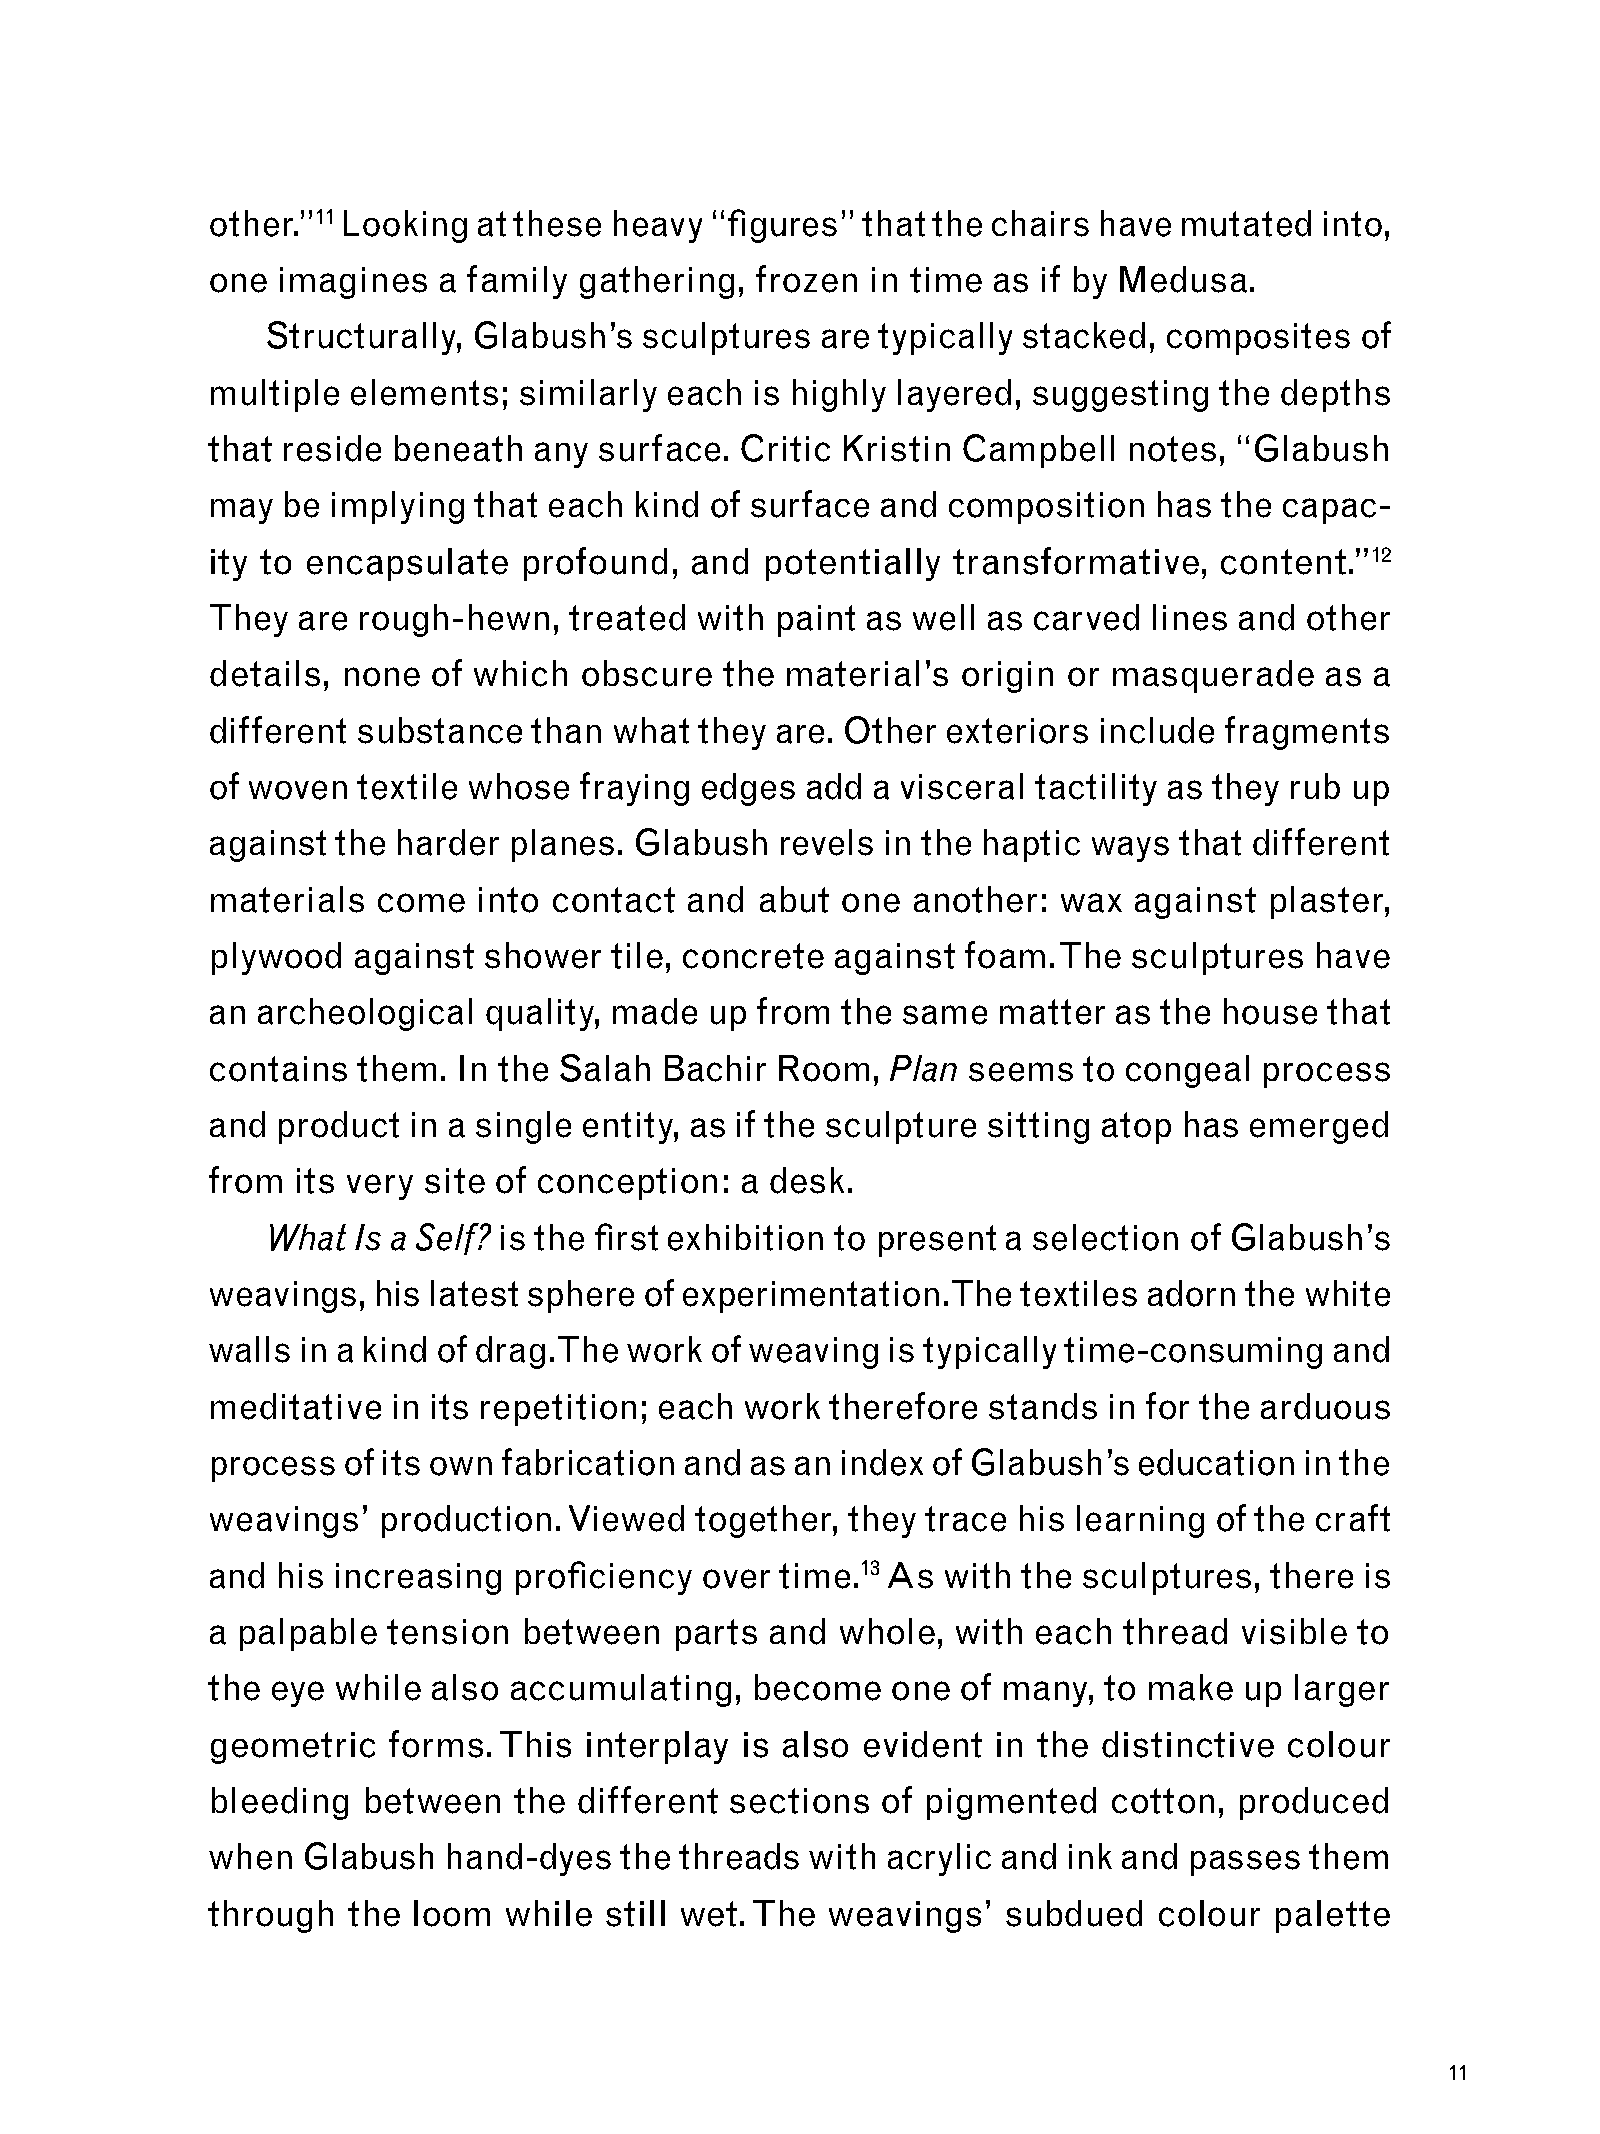
other.”11 Looking at these heavy “figures” that the chairs have mutated  into,
 one imagines   a family gathering,  frozen  in time as if by Medusa.
 Structurally, Glabush’s  sculptures are typically stacked, composites   of
 multiple elements;  similarly each  is highly layered, suggesting  the depths
 that reside beneath  any  surface. Critic Kristin Campbell   notes, “Glabush
 may  be implying that each  kind of surface and  composition  has  the capac-
 ity to encapsulate  profound,   and  potentially transformative,   content.”12
 They  are rough-hewn,   treated with paint as well as carved  lines and other
 details, none  of which obscure   the material’s  origin or masquerade    as a
 different substance  than  what they are. Other  exteriors include fragments
 of woven  textile whose fraying edges  add  a visceral tactility as they rub up
 against the harder  planes. Glabush   revels in the haptic ways that different
 materials  come   into contact and  abut  one another:  wax  against  plaster,
 plywood  against  shower   tile, concrete against foam. The  sculptures  have
 an archeological  quality, made  up from  the same  matter  as the house  that
 contains  them. In the Salah  Bachir Room,   Plan seems   to congeal process
 and product  in a single entity, as if the sculpture sitting atop has emerged
 from  its very site of conception: a desk.
 What Is a Self? is the first exhibition to present a selection of Glabush’s
 weavings,  his latest sphere of experimentation. The  textiles adorn the white
 walls in a kind of drag. The work of weaving is typically time-consuming  and
 meditative  in its repetition; each work therefore stands  in for the arduous
 process  of its own fabrication and as an index of Glabush’s education  in the
 weavings’  production. Viewed   together, they trace his learning of the craft
 and his increasing  proficiency over  time.13 As with the sculptures, there is
 a palpable  tension between    parts and  whole, with  each thread  visible to
 the eye while  also accumulating,   become   one  of many, to make  up  larger
 geometric   forms. This  interplay is also evident  in the distinctive colour
 bleeding  between   the different sections  of pigmented    cotton, produced
 when  Glabush  hand-dyes   the threads  with acrylic and ink and passes  them
 through  the loom  while  still wet. The weavings’  subdued    colour palette
 11